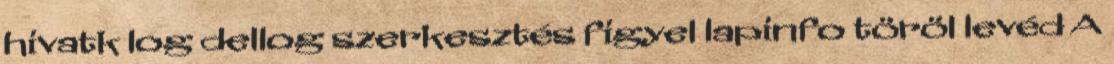
hivatk log dellog szerkesztés figyel lapinfo töröl levéd A